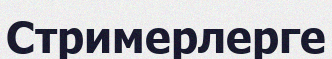
Стримерлерге